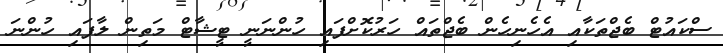
ސްކައުޓް ބެޖްތަކާއި އެހެނިހެން ބެޖްތައް ހަރުކޮށްފައި ހުންނަނީ ޓީޝާޓް މަތިން ލާފައި ހުންނަ